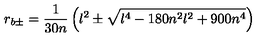
r _ { b \pm } = { \frac { 1 } { 3 0 n } } \left( l ^ { 2 } \pm \sqrt { l ^ { 4 } - 1 8 0 n ^ { 2 } l ^ { 2 } + 9 0 0 n ^ { 4 } } \right)